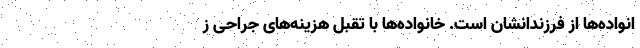
انواده‌ها از فرزندانشان است. خانواده‌ها با تقبل هزینه‌های جراحی ز